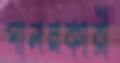
পালনকারী